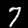
Label: 7